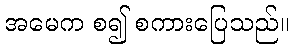
အမေက စ၍ စကားပြေသည်။